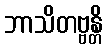
ဘာသိတဗ္ဗန္တိ